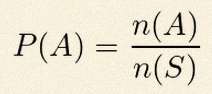
P(A)=\frac{n(A)}{n(S)}